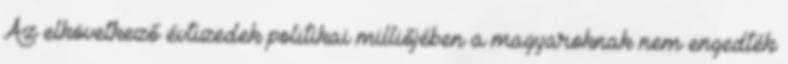
Az elkövetkező évtizedek politikai milliőjében a magyaroknak nem engedték